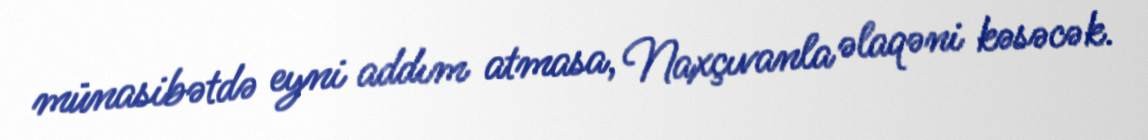
münasibətdə eyni addım atmasa, Naxçıvanla əlaqəni kəsəcək.